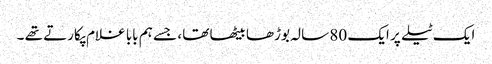
ایک ٹیلے پر ایک 80 سالہ بوڑھا بیٹھا تھا ، جسے ہم بابا غلام پکارتے تھے ۔